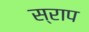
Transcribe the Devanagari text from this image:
स्राप